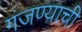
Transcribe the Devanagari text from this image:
गंजण्याची